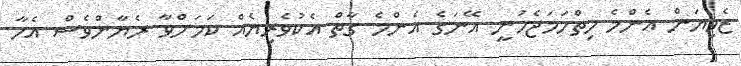
ޒެވިޔަން އެންމެ ހިތްހަމަޖެހުނީ އޭނަގެ އެންމެ ގާތް އެކުވެރިޔެއް ކަމަށްވާ ރެޔާންވެސް އެހާ